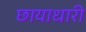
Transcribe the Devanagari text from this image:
छायाधारी